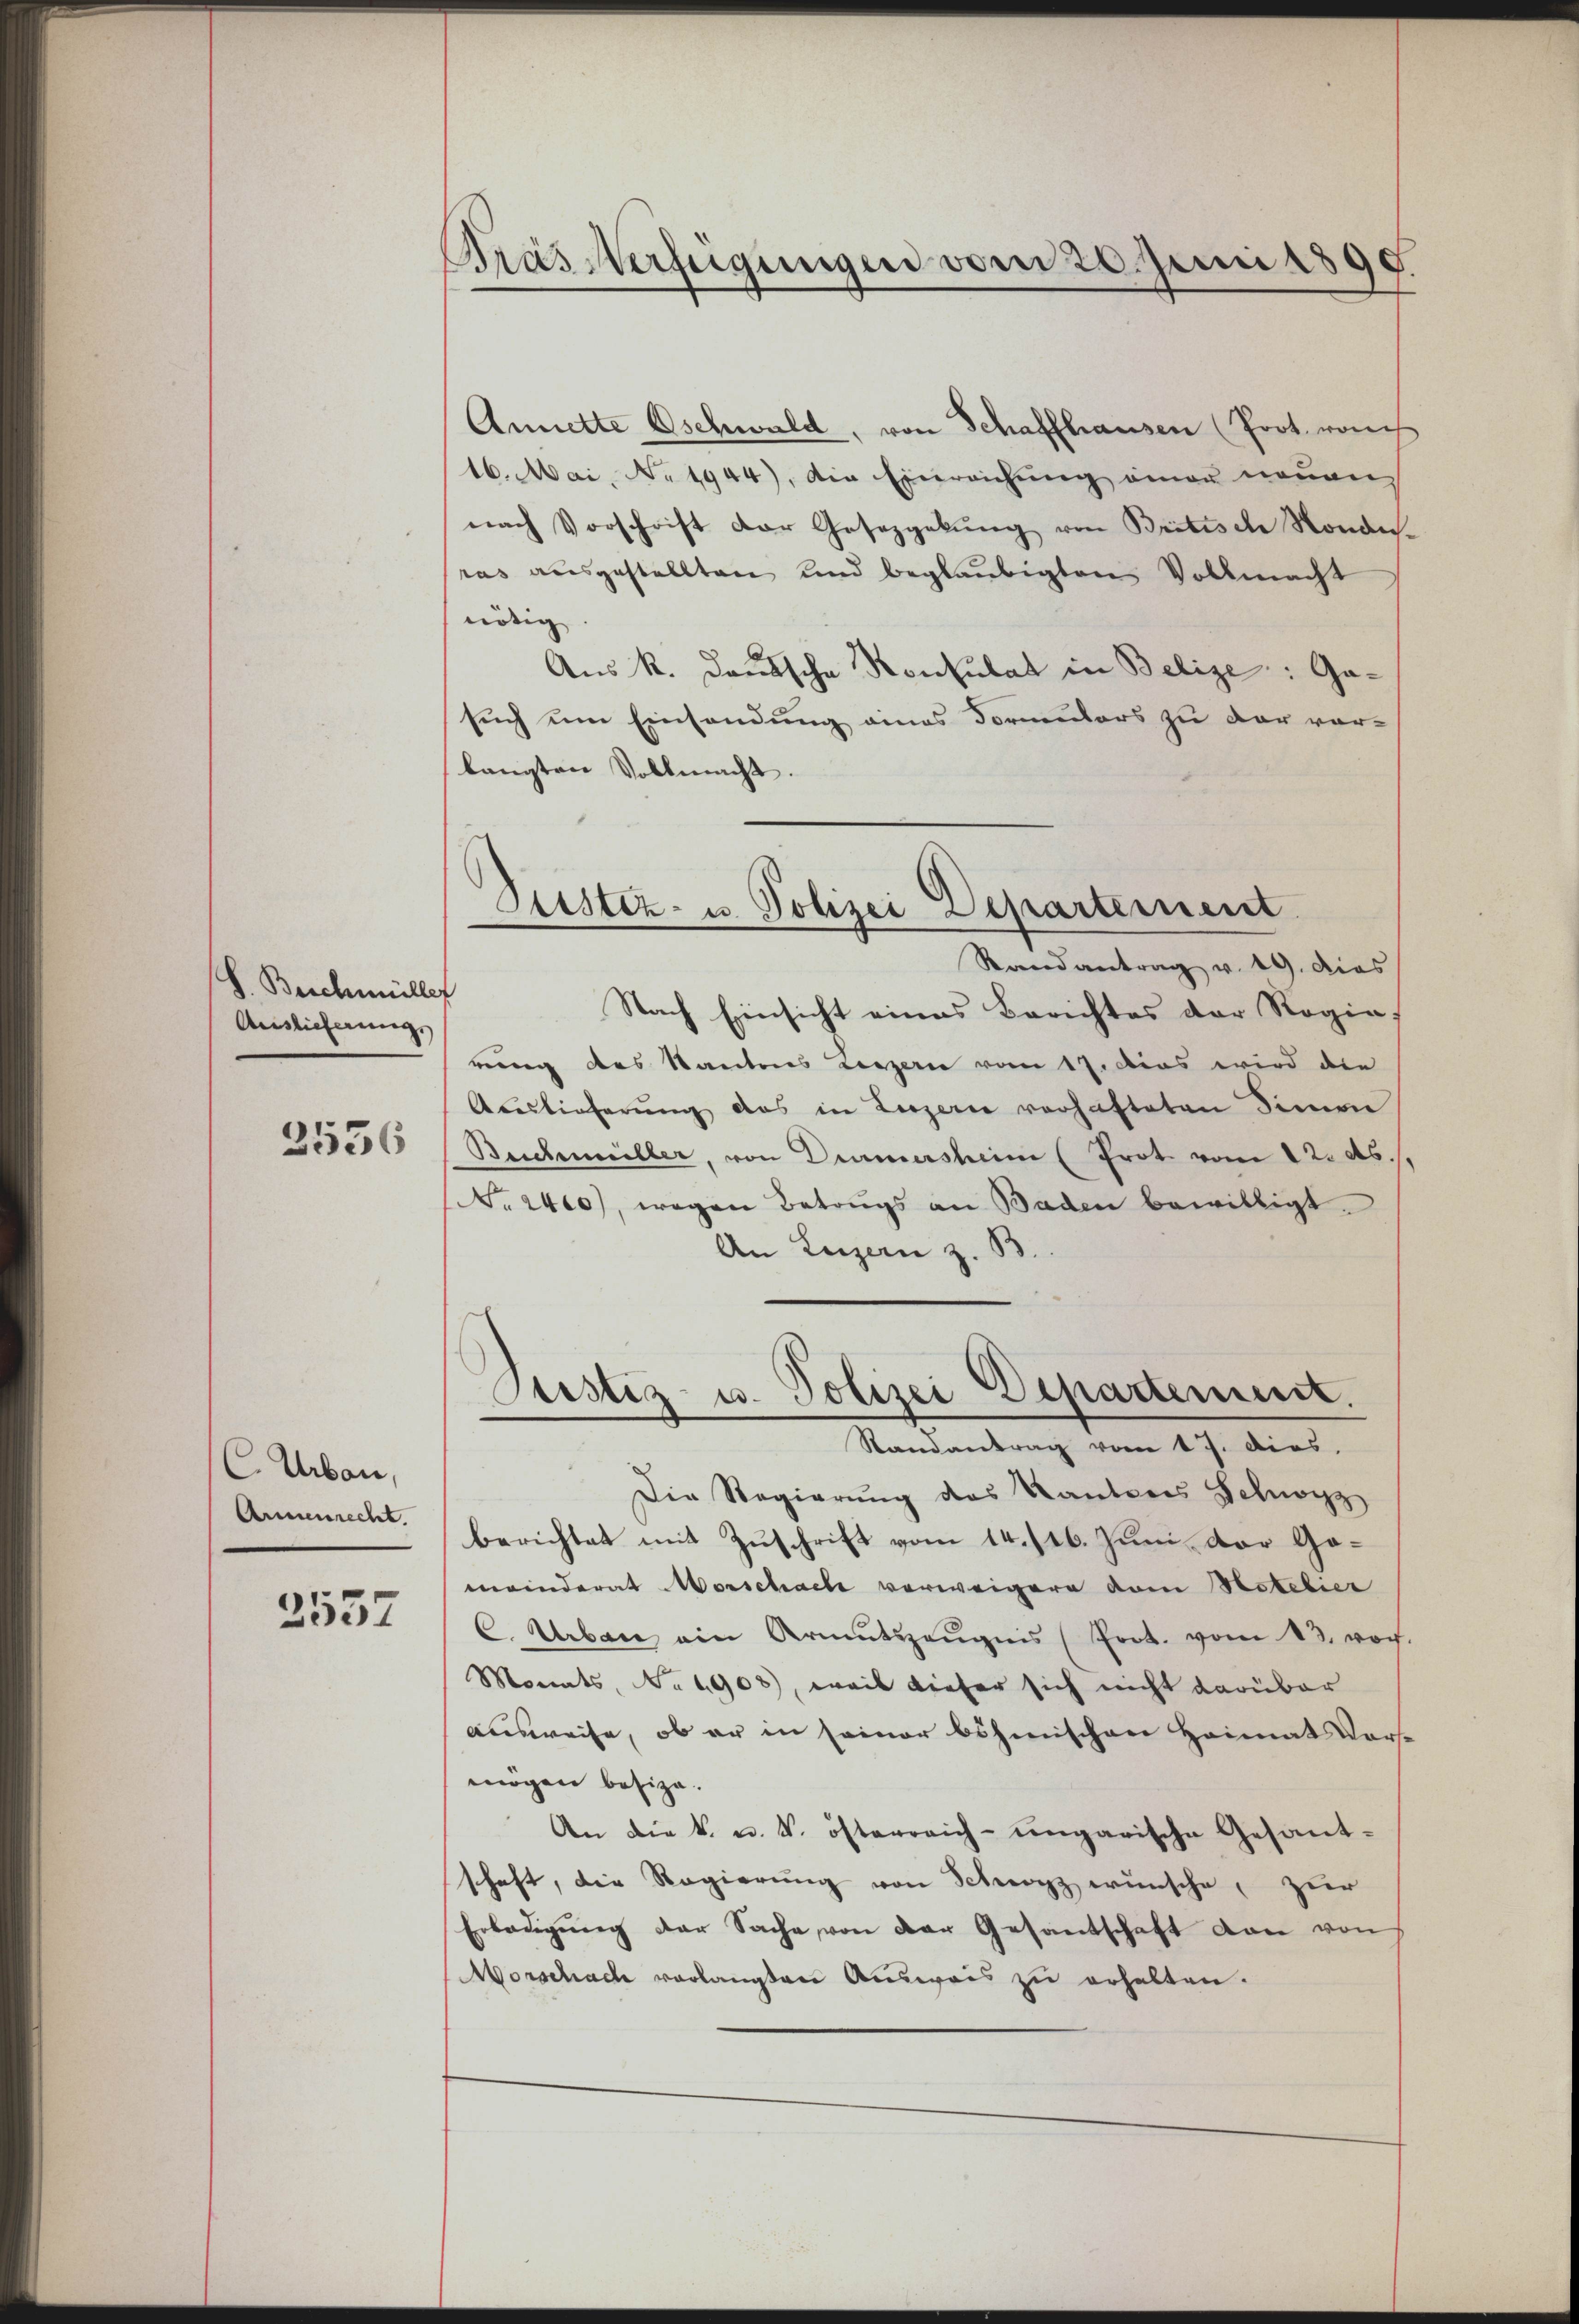
S. Beschmüller
Auslieferungs
2536

C. Urban,
Anenrecht.
2537

Pras Verfügungen vom 20. Juni 1890.

Dustiz- u. Polizei Departement

Annette Oschwald, von Schaffhausen (Prot. raus
16. Mai, No 1944), die Einreichung einer neuen
nach Vorschrift der Gesetzgebung von Britische Nonanras ausgestellten und beglaubigten Vollmacht
nötig
Aus K. Deutsche Konsulat in Belize: Gasuch um Einsendung eines Formulars zu der vor-
langten Vollmacht.
Randantrag v. 19. dies
Nach Einsicht eines Berichtes der Regierung des Kantons Lezzern vom 17. Dies wird die
Aceslieferŭng das in Luzern verhafteten Sinnen
Beichmeiller, von Dummersheim (Prot vom 12. ds. s.
No. 2400), wegen Betrugs an Baden bewilligt.
An Luzern z. B.
Justiz- u. Polizei Departement.
Randantrag vom 17. dies.
Die Regierung des Kantons Schwyz
berichtet mit Zuschrift vom 14. /16. Juni der Gomeinderat Morschael verweigern vom Hotelier
C. Urbare ein Armutszeŭgnis (Prot. vom 13. voch.
Monats, No 6908), weil dieser sich nicht darüber
ausweise, ob er in seiner böhmischen Heimat Vorsmögen besize.
An die k. u. V. österreich-ungarische Gesant-
schaft, die Regierung von Schwyz wünsche, zur
Erledigŭng der Sache von der Gesandschaft dan von
Morschach verlangten Ausweis zu erhalten.